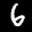
Label: 6